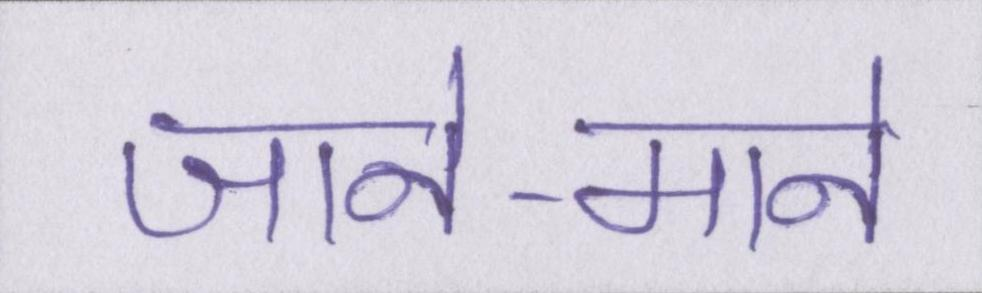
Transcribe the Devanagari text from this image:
जाने-माने